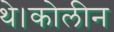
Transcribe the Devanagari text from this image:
थे।कोलीन